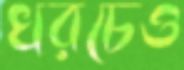
খরচেও